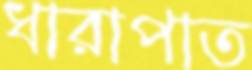
ধারাপাত